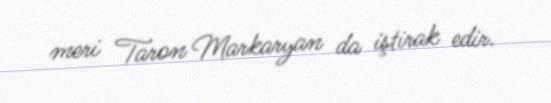
meri Taron Markaryan da iştirak edir.